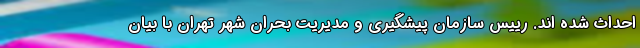
احداث شده اند. رییس سازمان پیشگیری و مدیریت بحران شهر تهران با بیان